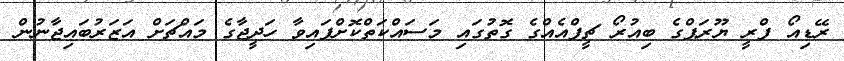
ރޭޑިއޯ ފްރީ ޔޫރަޕްގެ ބިއުރޯ ޗީފްއެއްގެ ގޮތުގައި މަސައްކަތްކޮށްފައިވާ ހަދީޖާގެ މައްޗަށް އަޒަރުބައިޖާނުން